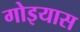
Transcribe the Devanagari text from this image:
गोइयास